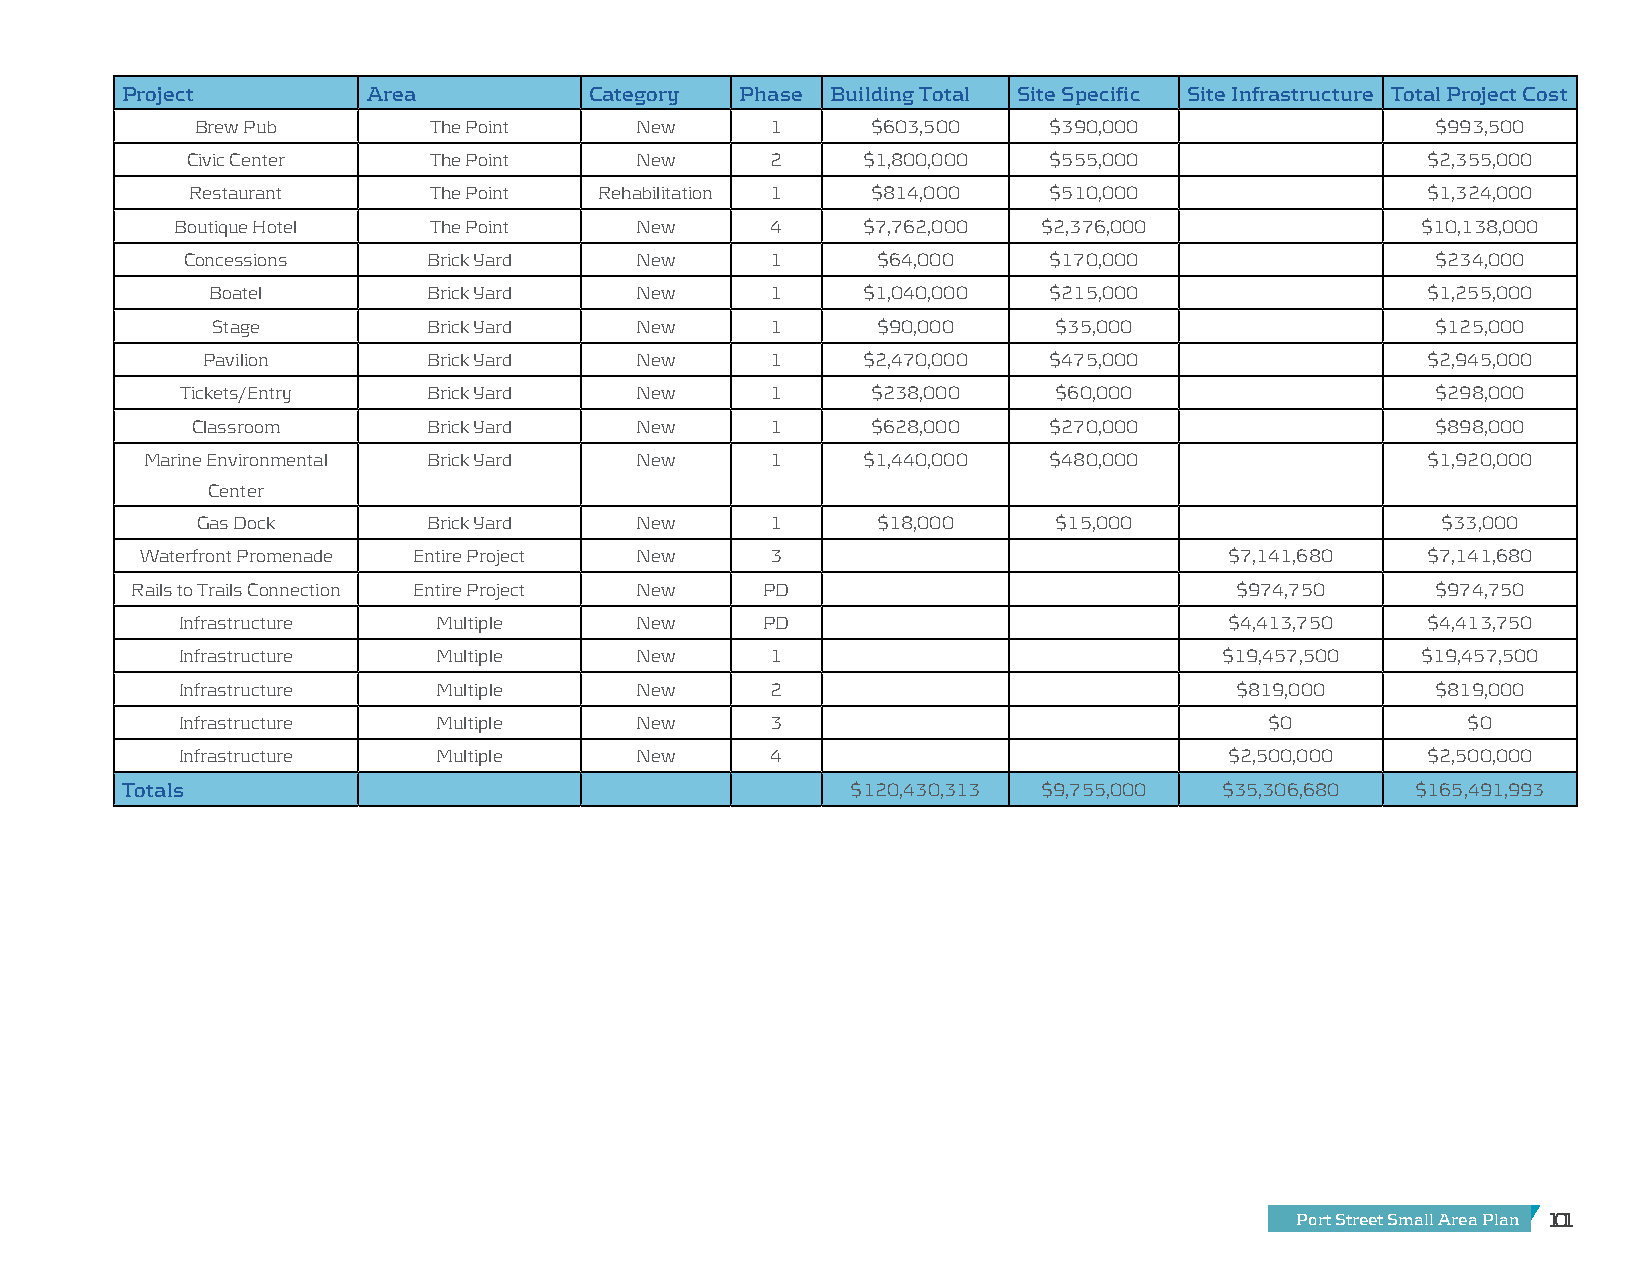
Project         Area           Category  Phase Building Total Site Specific Site Infrastructure Total Project Cost
 Brew Pub       The Point     New      1      $603,500   $390,000                  $993,500
 Civic Center    The Point     New      2     $1,800,000  $555,000                 $2,355,000
 Restaurant     The Point   Rehabilitation 1  $814,000   $510,000                 $1,324,000
 Boutique Hotel  The Point     New      4     $7,762,000  $2,376,000               $10,138,000
 Concessions     Brick Yard    New      1      $64,000    $170,000                  $234,000
 Boatel        Brick Yard    New      1     $1,040,000  $215,000                 $1,255,000
 Stage         Brick Yard    New      1      $90,000     $35,000                  $125,000
 Pavilion       Brick Yard    New      1     $2,470,000  $475,000                 $2,945,000
 Tickets/Entry   Brick Yard    New      1      $238,000    $60,000                  $298,000
 Classroom      Brick Yard    New      1      $628,000   $270,000                  $898,000
 Marine Environmental Brick Yard New      1     $1,440,000  $480,000                 $1,920,000
 Center
 Gas Dock       Brick Yard    New      1      $18,000     $15,000                  $33,000
 Waterfront Promenade Entire Project New   3                             $7,141,680   $7,141,680
 Rails to Trails Connection Entire Project New PD                         $974,750     $974,750
 Infrastructure   Multiple     New     PD                             $4,413,750   $4,413,750
 Infrastructure   Multiple     New      1                             $19,457,500  $19,457,500
 Infrastructure   Multiple     New      2                              $819,000     $819,000
 Infrastructure   Multiple     New      3                                $0           $0
 Infrastructure   Multiple     New      4                             $2,500,000   $2,500,000
 Totals                                          $120,430,313 $9,755,000  $35,306,680  $165,491,993
 Port Street Small Area Plan 101